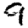
Digit: 9